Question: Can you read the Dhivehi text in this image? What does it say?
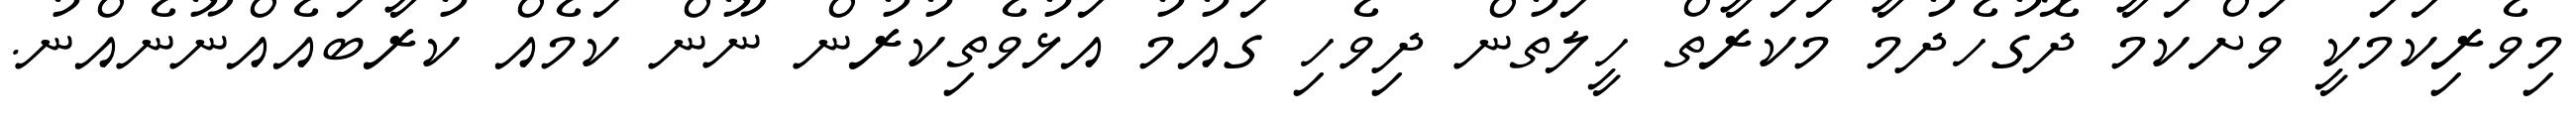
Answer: މިވެރިކަމަކީ ވަށްކަމާ ދޮގުހެދުމާ މަކަރާތް ހީލަތުން ދިވެހި ގައުމު އަޅުވެތިކުރުން ނޫން ކަމެއް ކުރާބައެއްނޫނެއްނު.